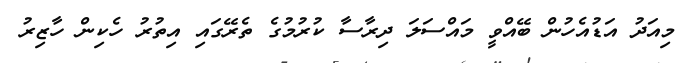
މިއަދު އަޑުއެހުން ބޭއްވީ މައްސަލަ ދިރާސާ ކުރުމުގެ ތެރޭގައި އިތުރު ހެކިން ހާޒިރު